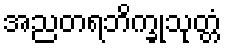
အညတရဘိက္ခုသုတ္တံ